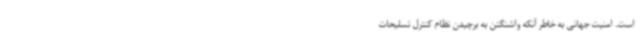
است. امنیت جهانی به خاطر آنکه واشنگتن به برچیدن نظام کنترل تسلیحات